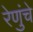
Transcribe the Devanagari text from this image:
रेणुंचे